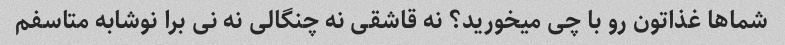
شماها غذاتون رو با چی میخورید؟ نه قاشقی نه چنگالی نه نی برا نوشابه متاسفم